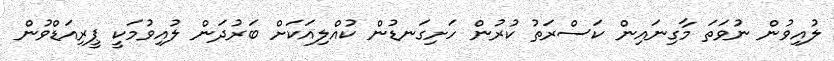
ލުއިވުން ނުވަތަ މާގިނައިން ކަސްރަތު ކުރުން ހަށިގަނޑުން ކުއްލިއަކަށް ބަރުދަން ލުއިވުމަކީ ޕީރިއަޑްވުން